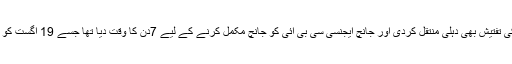
عدالت نے بعدمیں معاملے کی تفتیش بھی دہلی منتقل کردی اور جانچ ایجنسی سی بی آئی کو جانچ مکمل کرنے کے لیے 7دن کا وقت دیا تھا جسے 19 اگست کو بڑھا کر دو ہفتے کر دیا گیا۔